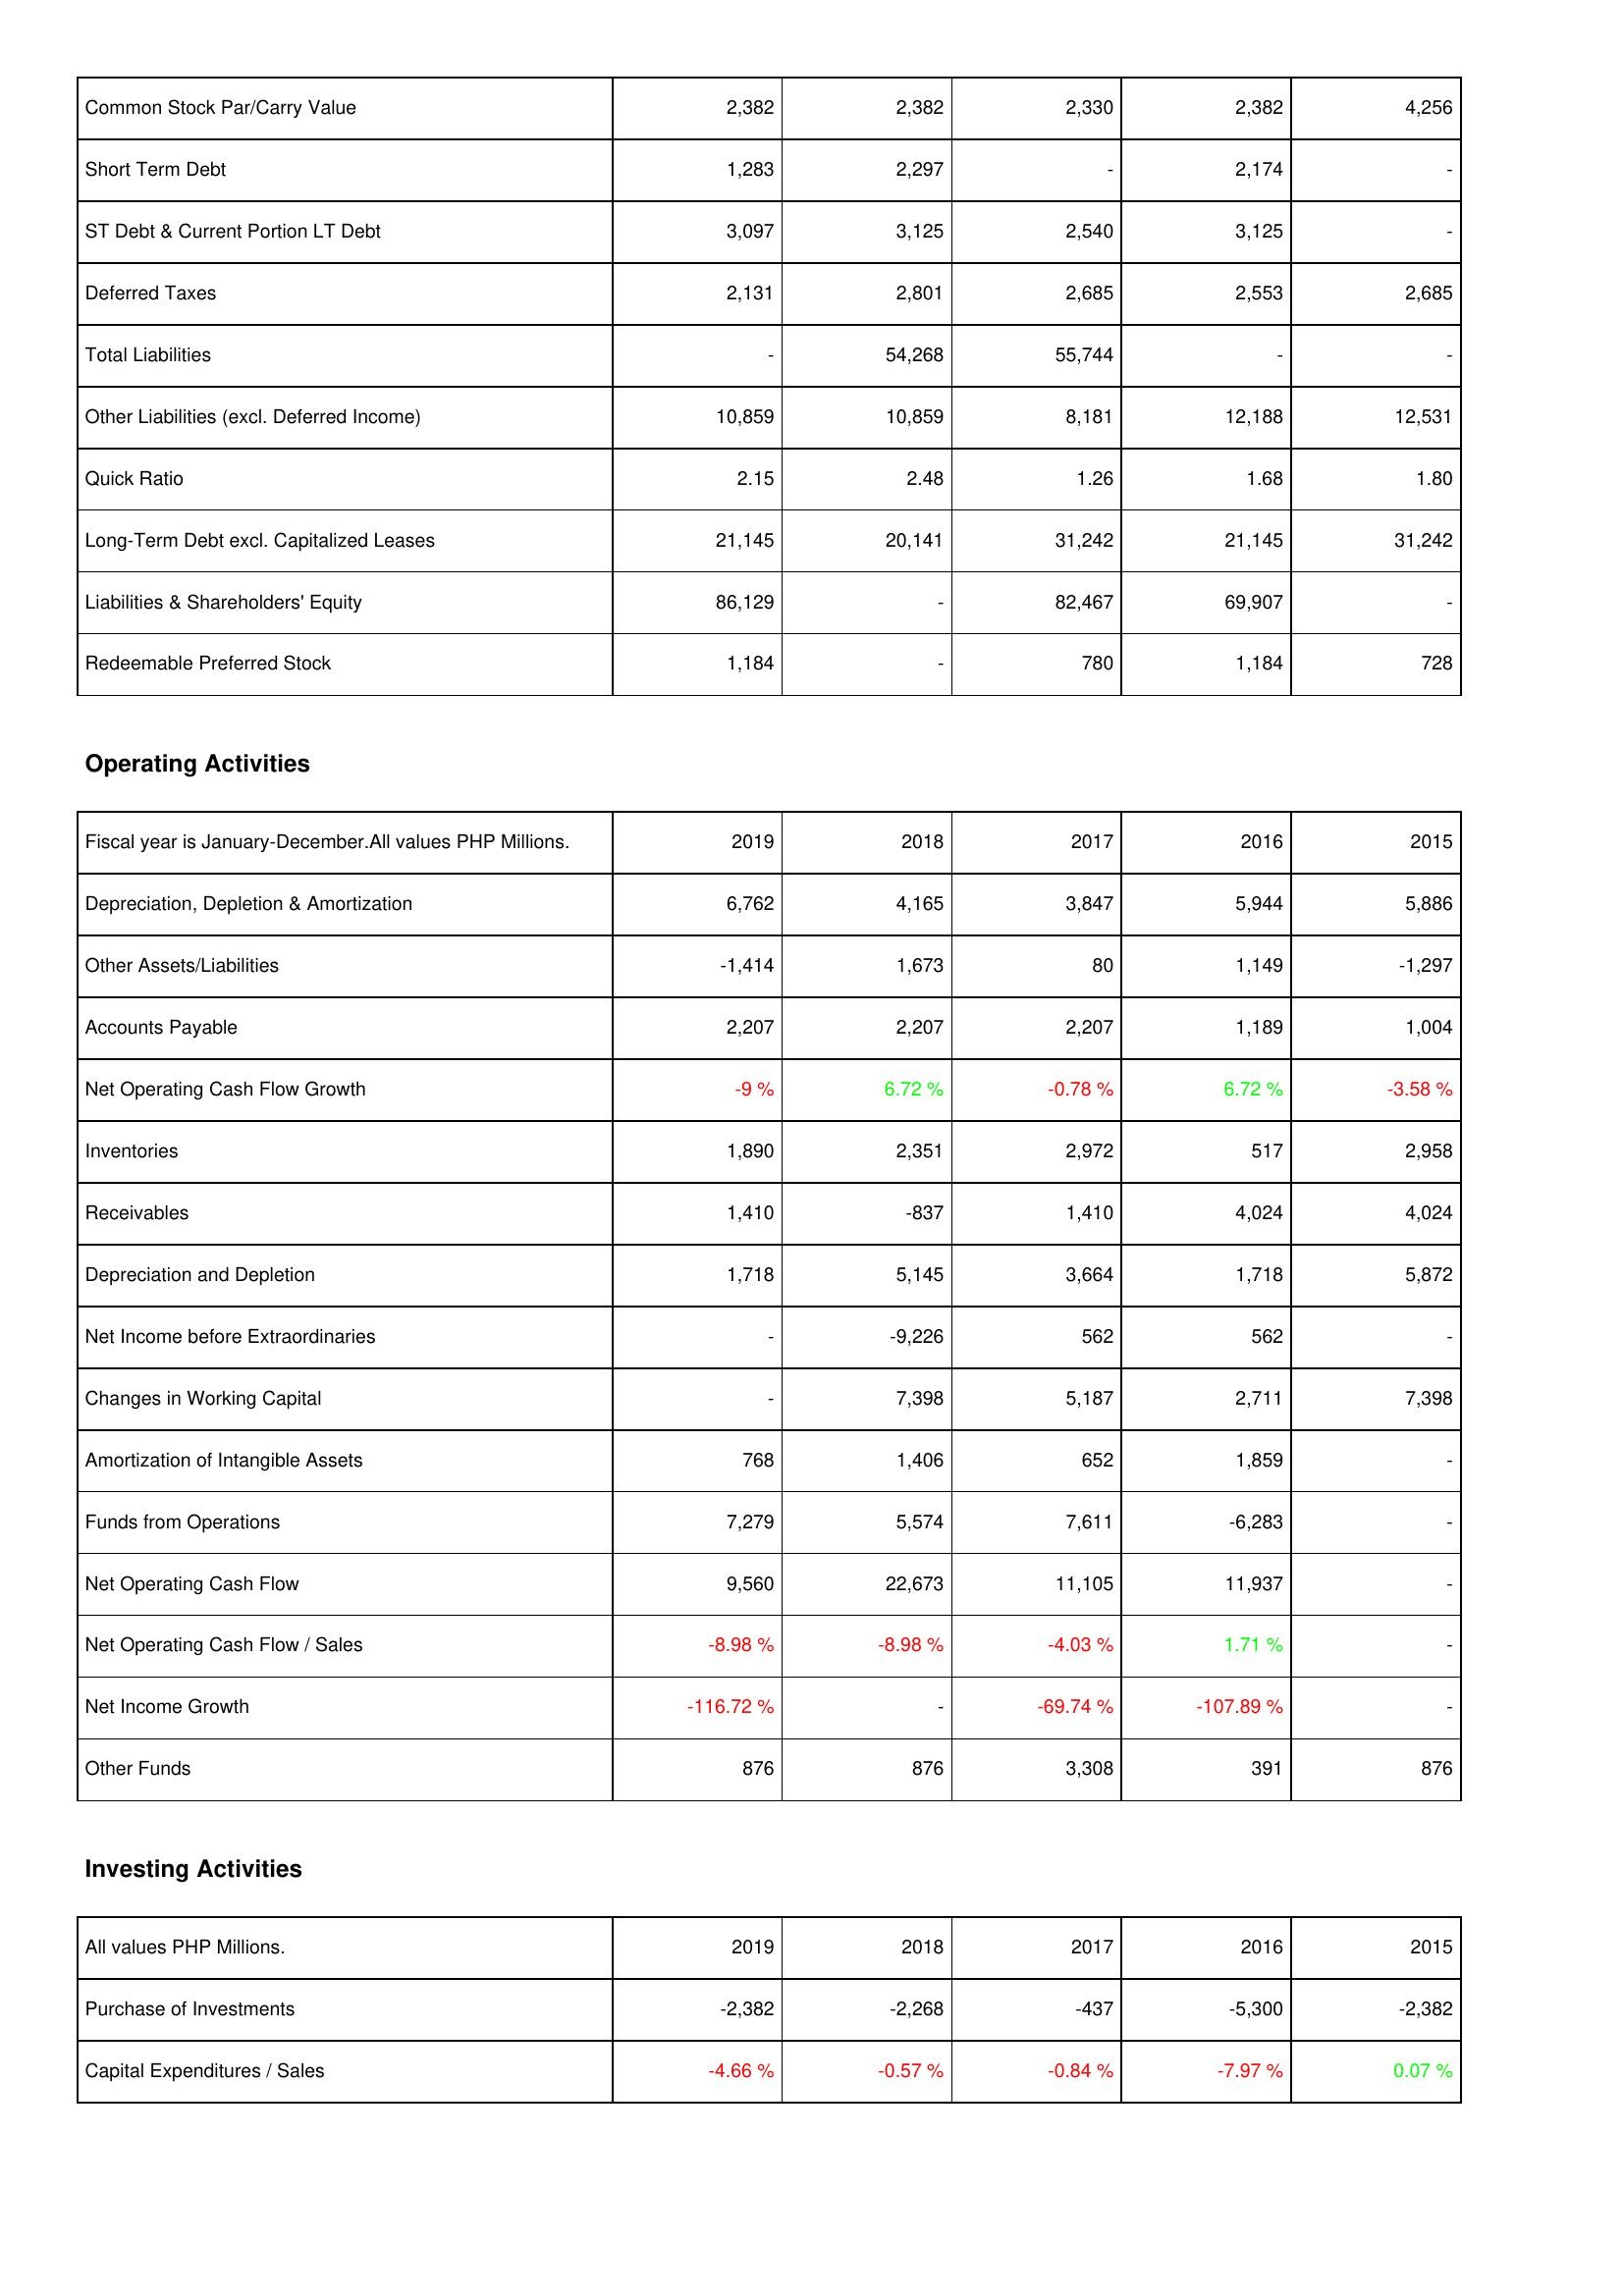
2019: Liabilities & Shareholders' Equity: Common Stock Par/Carry Value: 2,382
Short Term Debt: 1,283
ST Debt & Current Portion LT Debt: 3,097
Deferred Taxes: 2,131
Total Liabilities: -
Other Liabilities (excl. Deferred Income): 10,859
Quick Ratio: 2.15
Long-Term Debt excl. Capitalized Leases: 21,145
Liabilities & Shareholders' Equity: 86,129
Redeemable Preferred Stock: 1,184
Operating Activities: Depreciation, Depletion & Amortization: 6,762
Other Assets/Liabilities: -1,414
Accounts Payable: 2,207
Net Operating Cash Flow Growth: -9 %
Inventories: 1,890
Receivables: 1,410
Depreciation and Depletion: 1,718
Net Income before Extraordinaries: -
Changes in Working Capital: -
Amortization of Intangible Assets: 768
Funds from Operations: 7,279
Net Operating Cash Flow: 9,560
Net Operating Cash Flow / Sales: -8.98 %
Net Income Growth: -116.72 %
Other Funds: 876
Investing Activities: Purchase of Investments: -2,382
Capital Expenditures / Sales: -4.66 %
2018: Liabilities & Shareholders' Equity: Common Stock Par/Carry Value: 2,382
Short Term Debt: 2,297
ST Debt & Current Portion LT Debt: 3,125
Deferred Taxes: 2,801
Total Liabilities: 54,268
Other Liabilities (excl. Deferred Income): 10,859
Quick Ratio: 2.48
Long-Term Debt excl. Capitalized Leases: 20,141
Liabilities & Shareholders' Equity: -
Redeemable Preferred Stock: -
Operating Activities: Depreciation, Depletion & Amortization: 4,165
Other Assets/Liabilities: 1,673
Accounts Payable: 2,207
Net Operating Cash Flow Growth: 6.72 %
Inventories: 2,351
Receivables: -837
Depreciation and Depletion: 5,145
Net Income before Extraordinaries: -9,226
Changes in Working Capital: 7,398
Amortization of Intangible Assets: 1,406
Funds from Operations: 5,574
Net Operating Cash Flow: 22,673
Net Operating Cash Flow / Sales: -8.98 %
Net Income Growth: -
Other Funds: 876
Investing Activities: Purchase of Investments: -2,268
Capital Expenditures / Sales: -0.57 %
2017: Liabilities & Shareholders' Equity: Common Stock Par/Carry Value: 2,330
Short Term Debt: -
ST Debt & Current Portion LT Debt: 2,540
Deferred Taxes: 2,685
Total Liabilities: 55,744
Other Liabilities (excl. Deferred Income): 8,181
Quick Ratio: 1.26
Long-Term Debt excl. Capitalized Leases: 31,242
Liabilities & Shareholders' Equity: 82,467
Redeemable Preferred Stock: 780
Operating Activities: Depreciation, Depletion & Amortization: 3,847
Other Assets/Liabilities: 80
Accounts Payable: 2,207
Net Operating Cash Flow Growth: -0.78 %
Inventories: 2,972
Receivables: 1,410
Depreciation and Depletion: 3,664
Net Income before Extraordinaries: 562
Changes in Working Capital: 5,187
Amortization of Intangible Assets: 652
Funds from Operations: 7,611
Net Operating Cash Flow: 11,105
Net Operating Cash Flow / Sales: -4.03 %
Net Income Growth: -69.74 %
Other Funds: 3,308
Investing Activities: Purchase of Investments: -437
Capital Expenditures / Sales: -0.84 %
2016: Liabilities & Shareholders' Equity: Common Stock Par/Carry Value: 2,382
Short Term Debt: 2,174
ST Debt & Current Portion LT Debt: 3,125
Deferred Taxes: 2,553
Total Liabilities: -
Other Liabilities (excl. Deferred Income): 12,188
Quick Ratio: 1.68
Long-Term Debt excl. Capitalized Leases: 21,145
Liabilities & Shareholders' Equity: 69,907
Redeemable Preferred Stock: 1,184
Operating Activities: Depreciation, Depletion & Amortization: 5,944
Other Assets/Liabilities: 1,149
Accounts Payable: 1,189
Net Operating Cash Flow Growth: 6.72 %
Inventories: 517
Receivables: 4,024
Depreciation and Depletion: 1,718
Net Income before Extraordinaries: 562
Changes in Working Capital: 2,711
Amortization of Intangible Assets: 1,859
Funds from Operations: -6,283
Net Operating Cash Flow: 11,937
Net Operating Cash Flow / Sales: 1.71 %
Net Income Growth: -107.89 %
Other Funds: 391
Investing Activities: Purchase of Investments: -5,300
Capital Expenditures / Sales: -7.97 %
2015: Liabilities & Shareholders' Equity: Common Stock Par/Carry Value: 4,256
Short Term Debt: -
ST Debt & Current Portion LT Debt: -
Deferred Taxes: 2,685
Total Liabilities: -
Other Liabilities (excl. Deferred Income): 12,531
Quick Ratio: 1.80
Long-Term Debt excl. Capitalized Leases: 31,242
Liabilities & Shareholders' Equity: -
Redeemable Preferred Stock: 728
Operating Activities: Depreciation, Depletion & Amortization: 5,886
Other Assets/Liabilities: -1,297
Accounts Payable: 1,004
Net Operating Cash Flow Growth: -3.58 %
Inventories: 2,958
Receivables: 4,024
Depreciation and Depletion: 5,872
Net Income before Extraordinaries: -
Changes in Working Capital: 7,398
Amortization of Intangible Assets: -
Funds from Operations: -
Net Operating Cash Flow: -
Net Operating Cash Flow / Sales: -
Net Income Growth: -
Other Funds: 876
Investing Activities: Purchase of Investments: -2,382
Capital Expenditures / Sales: 0.07 %